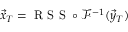
\vec { x } _ { T } = \mathrm { ~ R ~ S ~ S ~ } \circ \mathcal { F } ^ { - 1 } ( \vec { y } _ { T } )